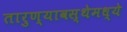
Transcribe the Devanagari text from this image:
तारुण्यावस्थेमध्ये